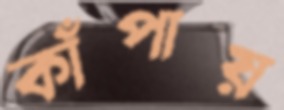
কাঁপায়